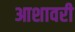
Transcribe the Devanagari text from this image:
आशावरी